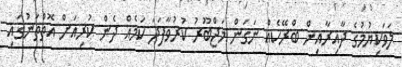
ލަވަކިޔުމުގެ ދާއިރާއިން ބްރޭކެއް ނަގަން މަޖްބޫރު ކުރުވާފަދަ ކަމެއް ދެން ކުރިއަށް އޮތްތަނުގައި